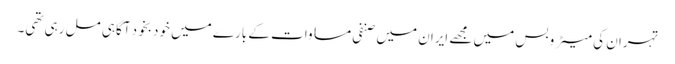
تہران کی میٹرو بس میں مجھے ایران میں صنفی مساوات کے بارے میں خود بخود آگاہی مل رہی تھی۔